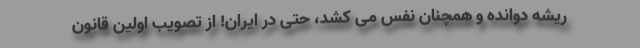
ریشه دوانده و همچنان نفس می کشد، حتی در ایران! از تصویب اولین قانون